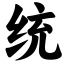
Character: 统